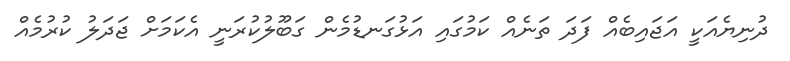
ދުނިޔެއަކީ އަޖައިބެއް ފަދަ ތަނެއް ކަމުގައި އަޅުގަނޑުމެން ގަބޫލުކުރަނީ އެކަމަށް ޖަދަލު ކުރުމެއް